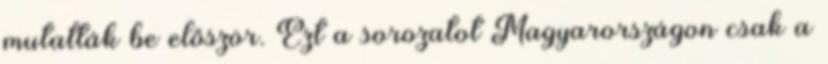
mutatták be először. Ezt a sorozatot Magyarországon csak a